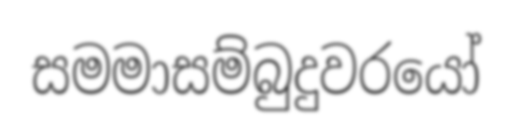
සමමාසම්බුදුවරයෝ